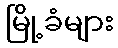
မြို့ခံများ